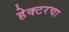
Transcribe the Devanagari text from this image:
हेक्टरचा